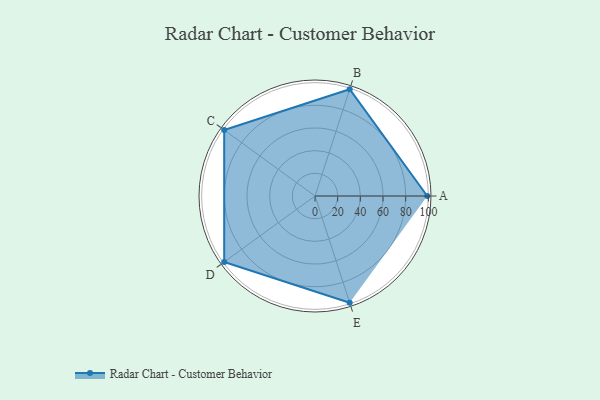
{"axis": {"x": "Skill", "y": "Score"}, "legend": ["Profile"], "data": [{"x": "A", "y": 99, "type": "Profile"}, {"x": "B", "y": 99, "type": "Profile"}, {"x": "C", "y": 99, "type": "Profile"}, {"x": "D", "y": 99, "type": "Profile"}, {"x": "E", "y": 99, "type": "Profile"}]}